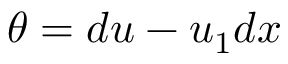
\theta = d u - u _ { 1 } d x